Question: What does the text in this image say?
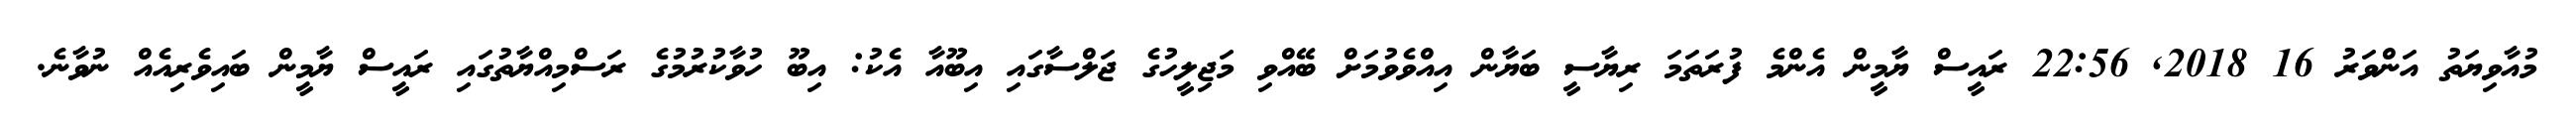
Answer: މުއާވިޔަތު އަންވަރު 16 2018, 22:56 ރައީސް ޔާމީން އެންމެ ފުރަތަމަ ރިޔާސީ ބަޔާން އިއްވެވުމަށް ބޭއްވި މަޖިލީހުގެ ޖަލްސާގައި އިބޫއާ އެކު: އިބޫ ހުވާކުރުމުގެ ރަސްމިއްޔާތުގައި ރައީސް ޔާމީން ބައިވެރިއެއް ނުވާނެ.